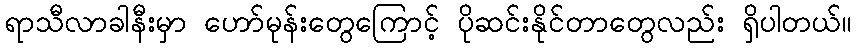
ရာသီလာခါနီးမှာ ဟော်မုန်းတွေကြောင့် ပိုဆင်းနိုင်တာတွေလည်း ရှိပါတယ်။